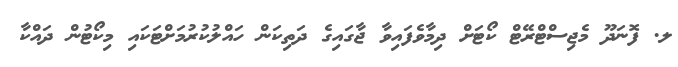
ލ. ފޮނަދޫ މެޖިސްޓްރޭޓް ކޯޓަށް ދިމާވެފައިވާ ޖާގައިގެ ދަތިކަން ހައްލުކުރުމަށްޓަކައި މިކޯޓުން ދައްކާ